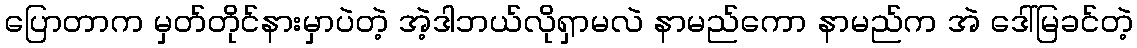
ပြောတာက မှတ်တိုင်နားမှာပဲတဲ့ အဲ့ဒါဘယ်လိုရှာမလဲ နာမည်ကော နာမည်က အဲ ဒေါ်မြခင်တဲ့